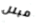
مبلل